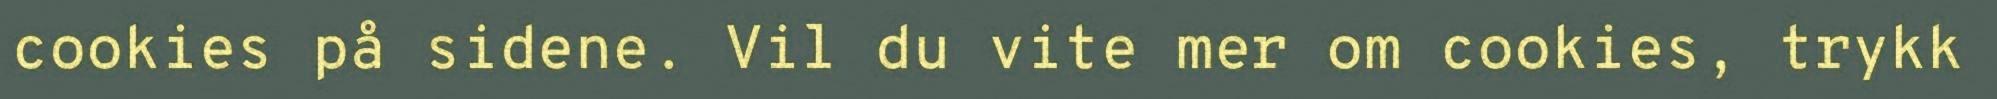
cookies på sidene. Vil du vite mer om cookies, trykk